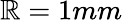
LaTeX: \mathbb{R}=1mm